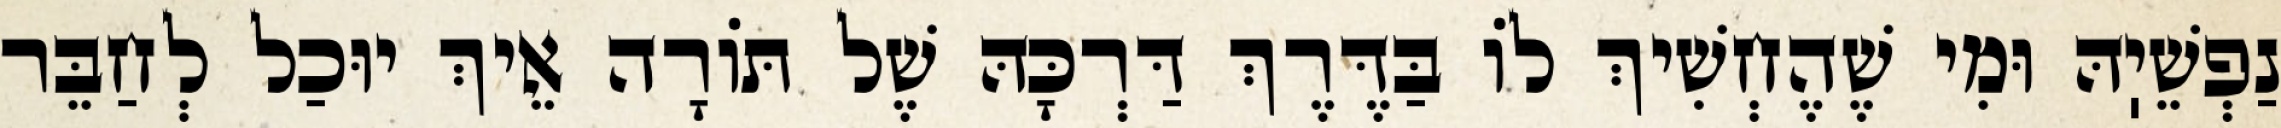
נַפְשֵׁיֽהּ וּמִי שֶׁהֶחְשִׁיךְ לוֹ בַּדֶּרֶךְ דַּרְכָּהּ שֶׁל תּוֹרָה אֵיךְ יוּכַל לְחַבֵּר